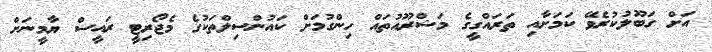
އަށް ގަބޫލުކުރެވޭ ކަމަށާއި ތަރައްގީގެ މަޝްރޫއުތައް ހިންގުމަށް ކައުންސިލްތަކުގެ މެޖޯރިޓީ ރައީސް ޔާމީނަށް